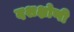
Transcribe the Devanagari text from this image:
दशक्षोणी